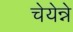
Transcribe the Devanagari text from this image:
चेयेन्ने